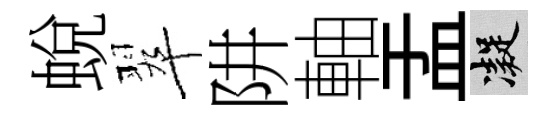
蛻翠阱軸盂凝